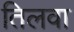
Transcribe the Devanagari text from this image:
तिलवा